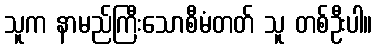
သူက နာမည်ကြီးသောစီမံတတ် သူ တစ်ဦးပါ။